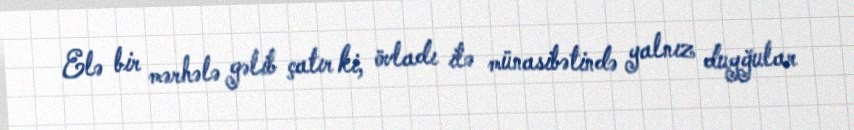
Elə bir mərhələ gəlib çatır ki, övladı ilə münasibətində yalnız duyğular